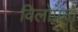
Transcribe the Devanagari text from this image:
विलोपनों